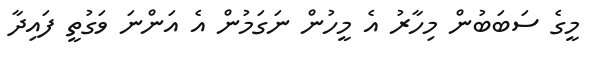
މީގެ ސަބަބުން މިހާރު އެ މީހުން ނަގަމުން އެ އަންނަ ވަގުތީ ފައިދާ